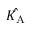
\hat { K _ { \mathrm { A } } }